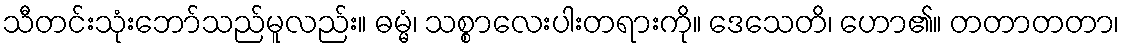
သီတင်းသုံးဘော်သည်မူလည်း။ ဓမ္မံ၊ သစ္စာလေးပါးတရားကို။ ဒေသေတိ၊ ဟော၏။ တတာတတာ၊